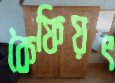
কৈফিয়ৎ